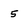
Character: 5